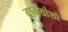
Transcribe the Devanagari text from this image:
वाक्यांशो